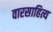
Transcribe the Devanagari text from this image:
वारसाहित्य